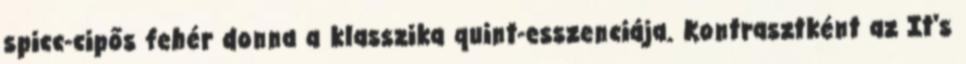
spicc-cipős fehér donna a klasszika quint-esszenciája. Kontrasztként az It's